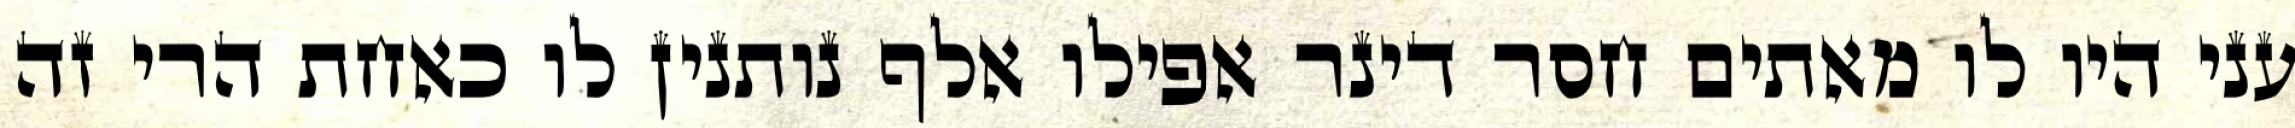
עני היו לו מאתים חסר דינר אפילו אלף נותנין לו כאחת הרי זה